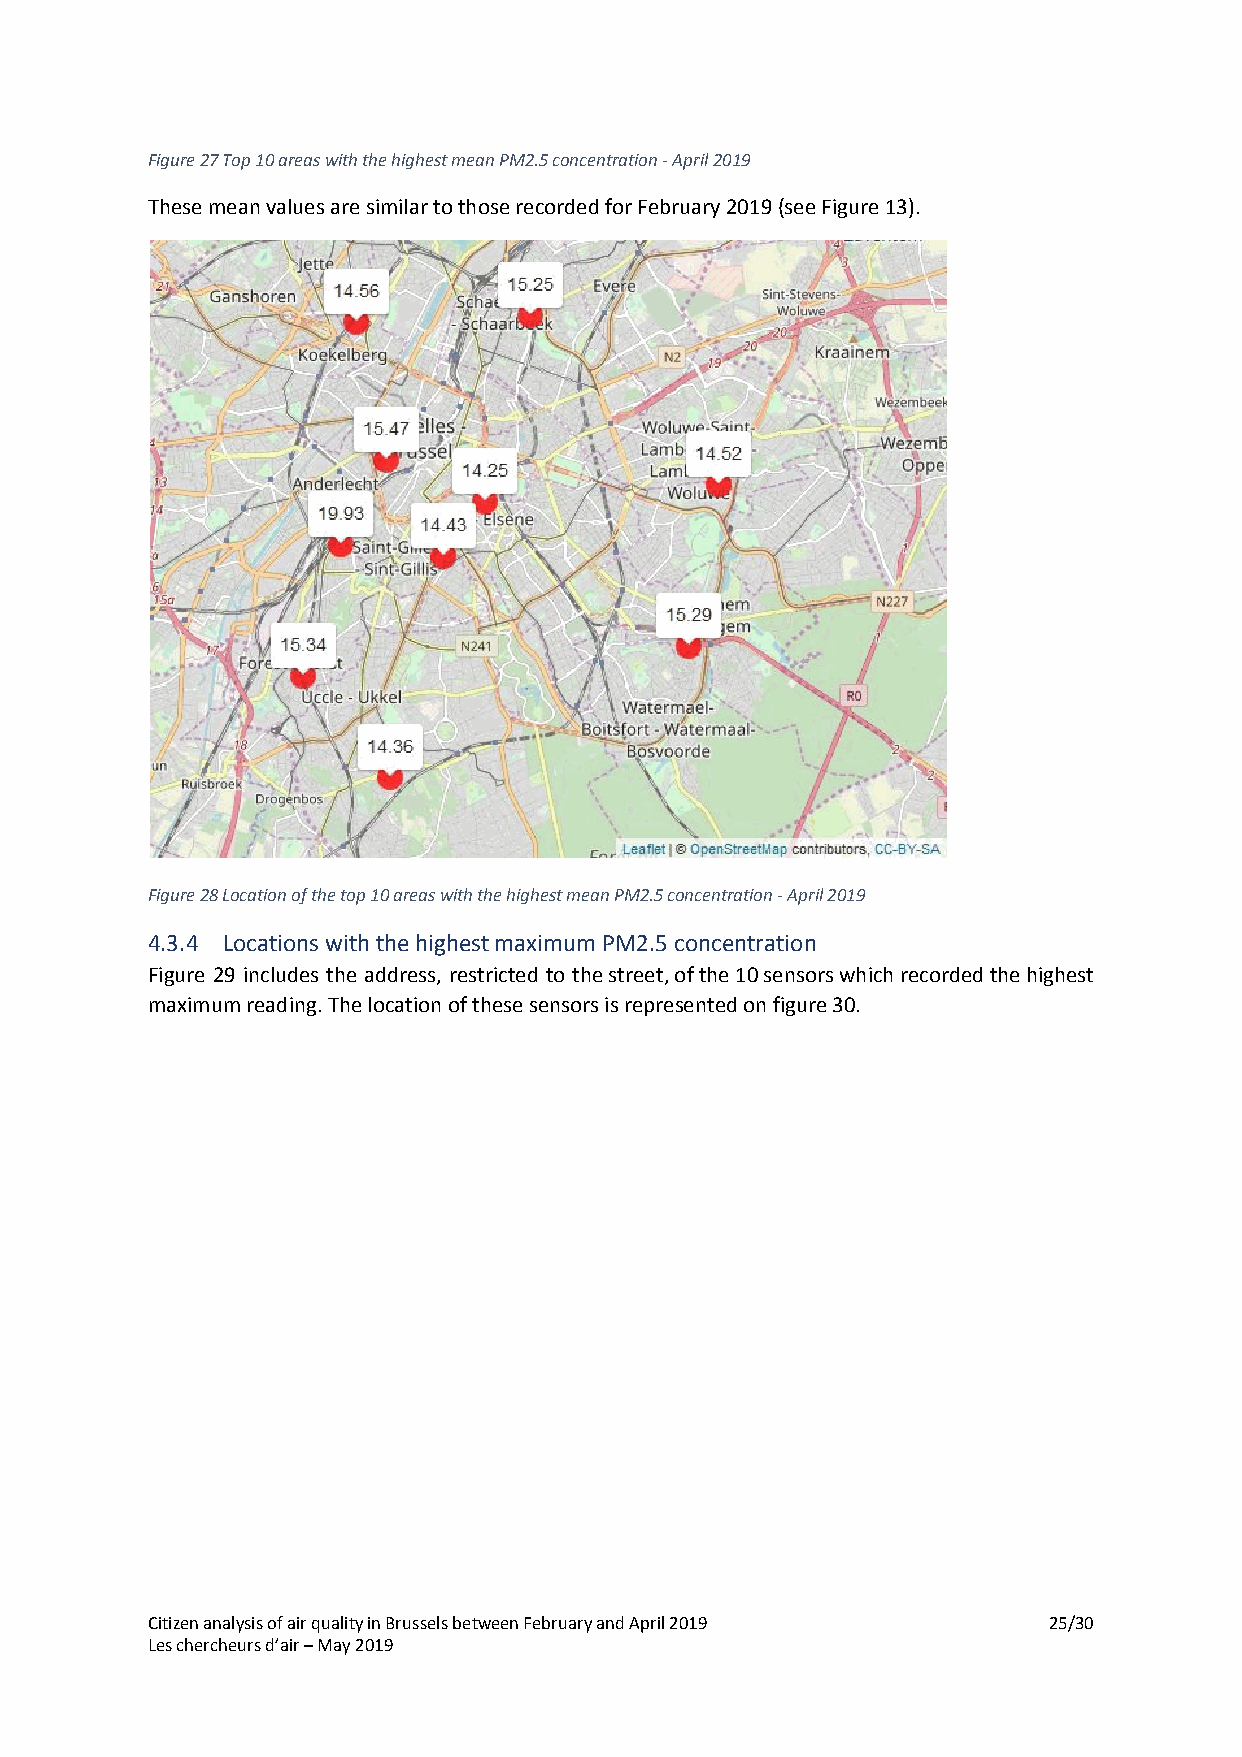
Figure 27 Top 10 areas with the highest mean PM2.5 concentration - April 2019
 These mean values are similar to those recorded for February 2019 (see Figure 13).
 Figure 28 Location of the top 10 areas with the highest mean PM2.5 concentration - April 2019
 4.3.4 Locations with the highest maximum PM2.5 concentration
 Figure 29 includes the address, restricted to the street, of the 10 sensors which recorded the highest
 maximum reading. The location of these sensors is represented on figure 30.
 Citizen analysis of air quality in Brussels between February and April 2019 25/30
 Les chercheurs d’air – May 2019